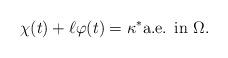
LaTeX: \begin{align*} \chi(t) + \ell \varphi(t) = \kappa^* \textrm{a.e. in $\Omega$.}\end{align*}